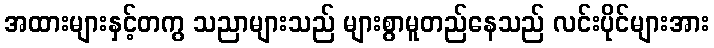
အထားများနှင့်တကွ သညာများသည် များစွာမူတည်နေသည် လင်းပိုင်များအား